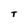
Character: T